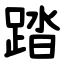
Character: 踏